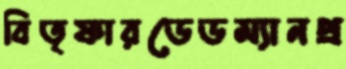
বিতৃষ্ণারডেডম্যানপ্র